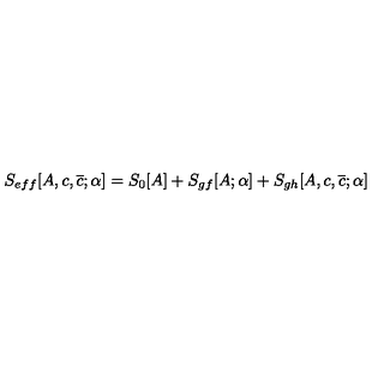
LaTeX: S _ { e f f } [ A , c , \overline { { c } } ; \alpha ] = S _ { 0 } [ A ] + S _ { g f } [ A ; \alpha ] + S _ { g h } [ A , c , \overline { { c } } ; \alpha ]